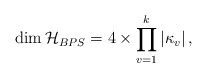
\begin{align*}\dim {\cal H}_{BPS} = 4 \times \prod_{v=1}^k |\kappa_v| \, ,\end{align*}